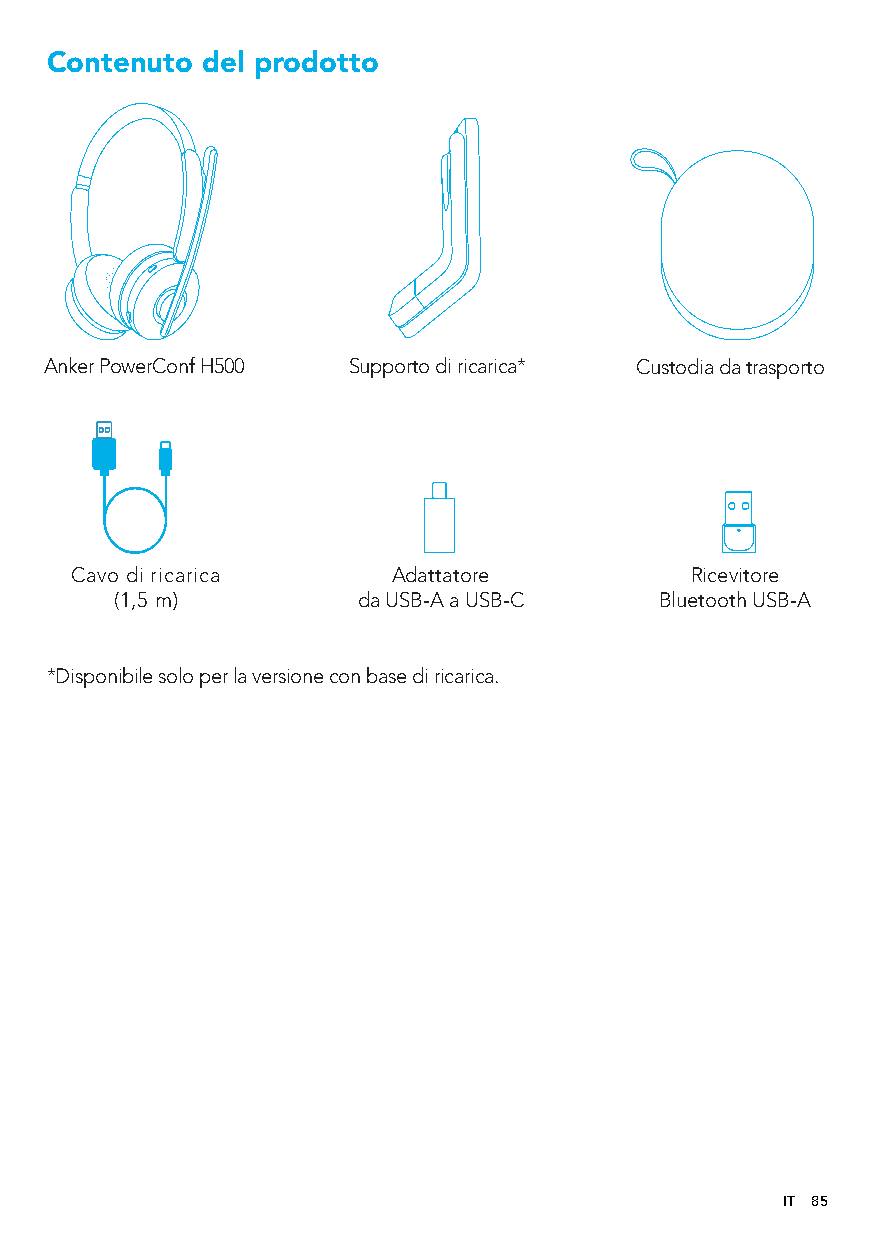
Contenuto del prodotto
 Anker PowerConf H500 Supporto di ricarica* Custodia da trasporto
 Cavo di ricarica     Adattatore          Ricevitore
 (1,5 m)         da USB-A a USB-C    Bluetooth USB-A
 *Disponibile solo per la versione con base di ricarica.
 IT 85